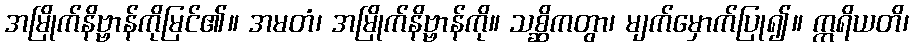
အမြိုက်နိဗ္ဗာန်ကိုမြင်၏။ အမတံ၊ အမြိုက်နိဗ္ဗာန်ကို။ သစ္ဆိကတွာ၊ မျက်မှောက်ပြု၍။ ဣရိယတိ၊